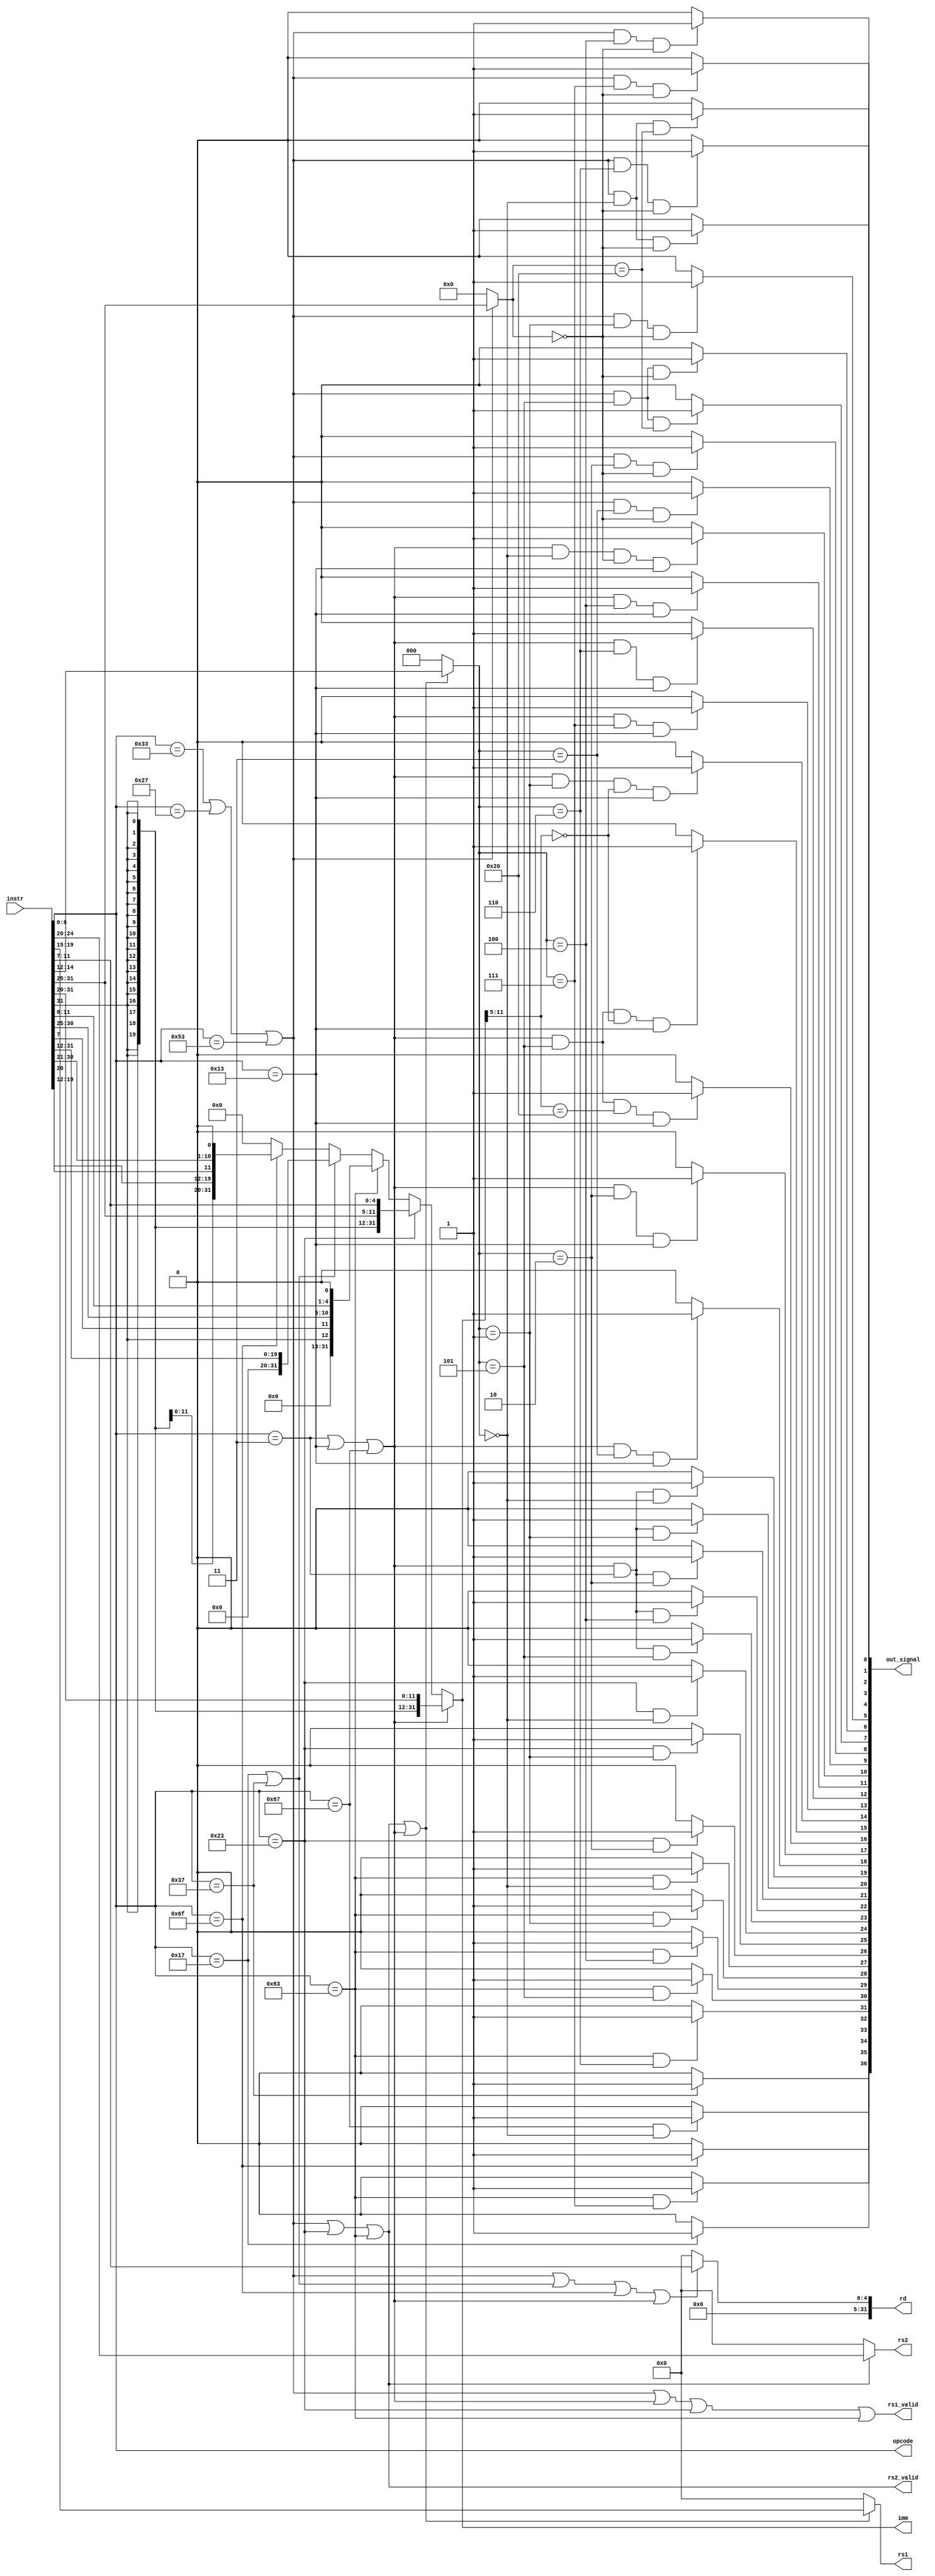
module decoder(
   
   input [31:0] instr,
   output  [4:0] rs2,
   output  [4:0] rs1,
   output [31:0] imm,
   output  [31:0] rd,
  
   output rs1_valid,
   output rs2_valid,

   output [6:0] opcode,
  output [36:0] out_signal
   
    );

wire  is_r_instr, is_u_instr, is_s_instr, is_b_instr, is_j_instr, is_i_instr;
wire [2:0]func3;
wire [6:0]func7;


    assign opcode=instr[6:0];
    assign is_i_instr=(instr[6:0]== 7'b0000011)||(instr[6:0]== 7'b0010011)||(instr[6:0]== 7'b1100111);
    assign is_u_instr=(instr[6:0]==7'b0010111)||(instr[6:0] == 7'b0110111);
    assign is_b_instr=(instr[6:0]==7'b1100011);
    assign is_j_instr=(instr[6:0]==7'b1101111);
    assign is_s_instr=(instr[6:0]==7'b0100011);
    assign is_r_instr=(instr[6:0]==7'b0110011)||(instr[6:0]==7'b0100111)||(instr[6:0]==7'b1010011);
    assign rs2= (is_r_instr || is_s_instr || is_b_instr) ? instr[24:20] :  0;
    assign rs1= (is_r_instr || is_s_instr || is_b_instr || is_i_instr) ? instr[19:15]: 0;
    assign rd= (is_r_instr || is_u_instr || is_j_instr || is_i_instr) ? instr[11:7] : 0;
    assign func3= (is_r_instr || is_s_instr || is_b_instr || is_i_instr) ? instr[14:12] : 0;
    assign func7= is_r_instr ? instr[31:25] : 0;

   
   assign rs1_valid=is_r_instr || is_i_instr || is_s_instr || is_b_instr;
   assign rs2_valid= is_r_instr || is_s_instr || is_b_instr; 
  
  
   
   
   assign imm = is_i_instr ? {  {21{instr[31]}},  instr[30:20]  } :
                is_s_instr ? {  {21{instr[31]}},  instr[30:25],  instr[11:7]  } :
                is_b_instr ? {  {19{1'b0}}, instr[31],  instr[7], instr[30:25], instr[11:8], 1'b0 } :
                is_u_instr ? {  instr[31:12]  } :
                is_j_instr ? {  {13{instr[31]}},  instr[19:12], instr[20], instr[30:25], instr[24:21], 1'b0  } : 32'b0;
                
   
assign out_signal[0]=(is_r_instr&&(func3==3'h0)&&(func7==7'h00))? 1'b1 : 1'b0; //add
  assign out_signal[1]=(is_r_instr&&(func3==3'h0)&&(func7==7'h20))? 1'b1 : 1'b0; //sub
  assign out_signal[2]=(is_r_instr&&(func3==3'h4)&&(func7==7'h00))? 1'b1 : 1'b0; //xor
  assign out_signal[3]=(is_r_instr&&(func3==3'h6)&&(func7==7'h0))? 1'b1 : 1'b0; //or
  assign out_signal[4]=(is_r_instr&&(func3==3'h7)&&(func7==7'h0))? 1'b1 : 1'b0; //and
  assign out_signal[5]=(is_r_instr&&(func3==3'h1)&&(func7==7'h0))? 1'b1 : 1'b0; //sll
  assign out_signal[6]=(is_r_instr&&(func3==3'h5)&&(func7==7'h0))? 1'b1 : 1'b0; //slr
  assign out_signal[7]=(is_r_instr&&(func3==3'h5)&&(func7==7'h20))? 1'b1 : 1'b0; //sra
  assign out_signal[8]=(is_r_instr&&(func3==3'h2)&&(func7==7'h0))? 1'b1 : 1'b0; //slt
  assign out_signal[9]=(is_r_instr&&(func3==3'h3)&&(func7==7'h0))? 1'b1 : 1'b0; //sltu
  
  assign out_signal[10]=(is_i_instr&&(func3==3'h0)&&(func7==7'h0)&&(opcode == 7'b0010011))? 1'b1: 1'b0; //addi
  assign out_signal[11]=(is_i_instr&&(func3==3'h4)&&(opcode == 7'b0010011)) ? 1'b1: 1'b0; //xori
  assign out_signal[12]=(is_i_instr&&(func3==3'h6)&&(opcode == 7'b0010011))? 1'b1: 1'b0; //ori
  assign out_signal[13]=(is_i_instr&&(func3==3'h7)&&(opcode == 7'b0010011))? 1'b1: 1'b0; //andi
  assign out_signal[14]=(is_i_instr&&(func3==3'h1)&&(imm[11:5]==7'h0)&&(opcode == 7'b0010011))? 1'b1: 1'b0;//slli
  assign out_signal[15]=(is_i_instr&&(func3==3'h5)&&(imm[11:5]==7'h0)&&(opcode == 7'b0010011))? 1'b1: 1'b0; //srli
  assign out_signal[16]=(is_i_instr&&(func3==3'h5)&&(imm[11:5]==7'h20)&&(opcode == 7'b0010011))? 1'b1: 1'b0; //srai
  assign out_signal[17]=(is_i_instr&&(func3==3'h2)&&(opcode == 7'b0010011))? 1'b1:1'b0; //slti
  assign out_signal[18]=(is_i_instr&&(func3==3'h3)&&(opcode == 7'b0010011))? 1'b1:1'b0; //sltiu
  
  assign out_signal[19]=(is_i_instr&&(opcode==7'b0000011)&&(func3==3'h0))? 1'b1:1'b0; //lb
  assign out_signal[20]=(is_i_instr&&(opcode==7'b0000011)&&(func3==3'h1))? 1'b1:1'b0; //lh
  assign out_signal[21]=(is_i_instr&&(opcode==7'b0000011)&&(func3==3'h2))? 1'b1:1'b0; //lw
  assign out_signal[22]=(is_i_instr&&(opcode==7'b0000011)&&(func3==3'h4))? 1'b1:1'b0; //lbu
  assign out_signal[23]=(is_i_instr&&(opcode==7'b0000011)&&(func3==3'h5))? 1'b1:1'b0; //lhu
  
  assign out_signal[24]=(is_s_instr&&(func3==3'h0))? 1'b1 : 1'b0; //sb
  assign out_signal[25]=(is_s_instr&&(func3==3'h1))? 1'b1 : 1'b0; //sh
  assign out_signal[26]=(is_s_instr&&(func3==3'h2))? 1'b1 : 1'b0; //sw
  
  assign out_signal[27]=(is_b_instr&&(func3==3'h0))? 1'b1 : 1'b0; //beq
  assign out_signal[28]=(is_b_instr&&(func3==3'h1))? 1'b1 : 1'b0; //bne
  assign out_signal[29]=(is_b_instr&&(func3==3'h4))? 1'b1 : 1'b0; //blt
  assign out_signal[30]=(is_b_instr&&(func3==3'h5))? 1'b1 : 1'b0; //bge
  assign out_signal[31]=(is_b_instr&&(func3==3'h6))? 1'b1 : 1'b0; //bltu
  assign out_signal[32]=(is_b_instr&&(func3==3'h7))? 1'b1 : 1'b0; //bgeu
  
  assign out_signal[33]=(is_j_instr&&(opcode==7'b1101111))? 1'b1 : 1'b0; //jal
  assign out_signal[34]=((opcode==7'b1100111)&&(func3==3'h0))? 1'b1 : 1'b0; //jalr
  
  assign out_signal[35]=(opcode==7'b0110111)? 1'b1 : 1'b0; //lui
  assign out_signal[36]=(opcode==7'b0010111)? 1'b1 : 1'b0; //auipc


endmodule